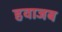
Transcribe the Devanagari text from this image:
हवाजब